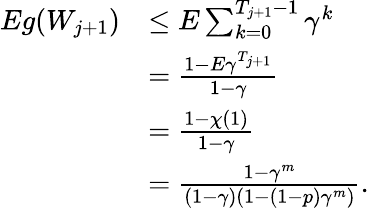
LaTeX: \begin{array}{rl}{Eg(W_{j+1})}&{\leq E\sum_{k=0}^{T_{j+1}-1}\gamma^{k}}\\ &{=\frac{1-E\gamma^{T_{j+1}}}{1-\gamma}}\\ &{=\frac{1-\chi(1)}{1-\gamma}}\\ &{=\frac{1-\gamma^{m}}{(1-\gamma)(1-(1-p)\gamma^{m})}.}\end{array}